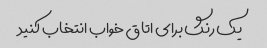
یک رنگ برای اتاق خواب انتخاب کنید